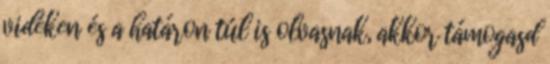
vidéken és a határon túl is olvasnak, akkor támogasd